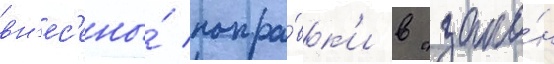
вн'ес'ены́ попра́вк'и в "зако́н